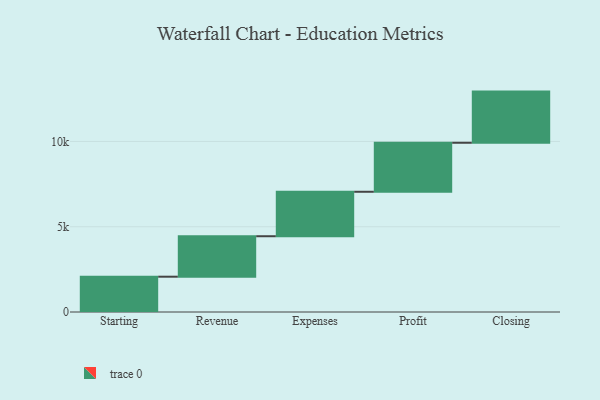
{"axis": {"x": "Step", "y": "Value"}, "legend": [""], "data": [{"x": "Starting", "y": 2070.0, "type": ""}, {"x": "Revenue", "y": 2373.0, "type": ""}, {"x": "Expenses", "y": 2607.0, "type": ""}, {"x": "Profit", "y": 2874.0, "type": ""}, {"x": "Closing", "y": 3000, "type": ""}]}